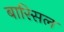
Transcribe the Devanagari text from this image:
बारिसल